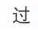
过